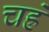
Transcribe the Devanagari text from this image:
चह्रे